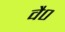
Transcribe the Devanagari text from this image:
वै०